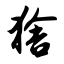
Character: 猞